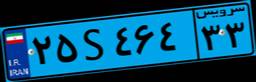
۷۴S۷۶۶۴۹